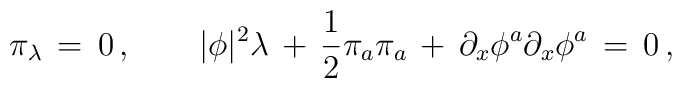
\pi_\lambda\, =\, 0\, , \qquad |\phi|^2\lambda\, +\, {1\over 2}\pi_a \pi_a\, +\, \partial_x \phi^a \partial_x \phi^a\, =\, 0\, ,